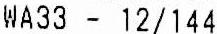
WA33 - 12/144